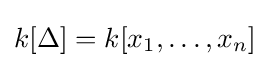
k[\Delta ]=k[x_{1},\ldots ,x_{n}]